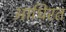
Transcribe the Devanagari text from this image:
आधिरत